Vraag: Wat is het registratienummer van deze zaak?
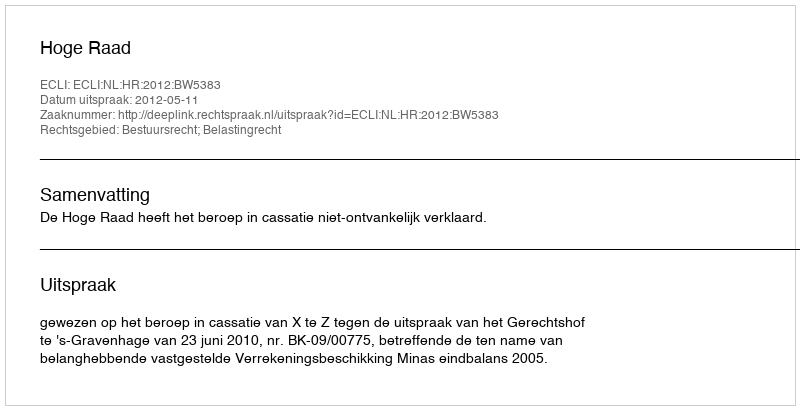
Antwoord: http://deeplink.rechtspraak.nl/uitspraak?id=ECLI:NL:HR:2012:BW5383